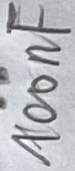
Text: 1000nF